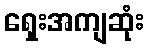
ရှေးအကျဆုံး